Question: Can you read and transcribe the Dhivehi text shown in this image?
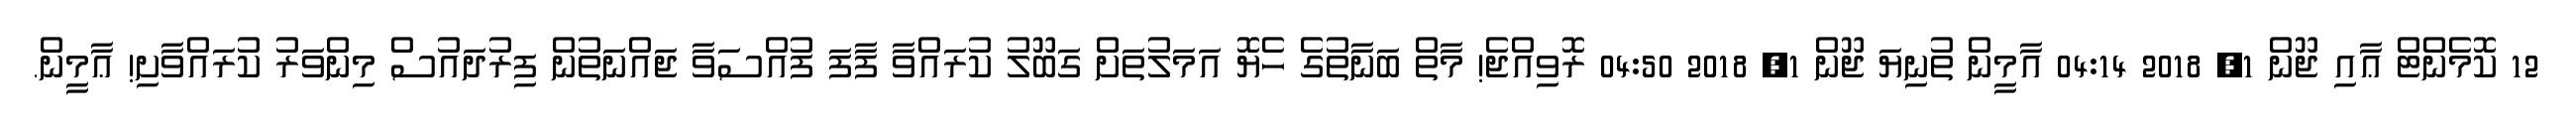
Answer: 12 ކޮމެންޓް ޢާއި ޖޫން 1, 2018 04:14 އާމީން ތުނިޔަ ޖޫން 1, 2018 04:50 ރޮވިއްޖެ! މާތް ބަނާތުގެ ހެޔޮ އަމަލުތަށް ގަބޫލު ކުރައްވާ ފާފަ ފުއްސަވާ ޖައްނަތުން ފިރުދައުސް މިންވަރު ކުރައްވާށި! ޢާމީން.